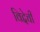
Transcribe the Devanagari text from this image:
विद्देची